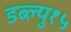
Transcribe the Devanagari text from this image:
डब्ल्यु१५